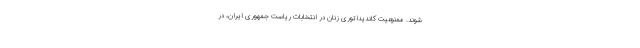
شوند. ممنوعیت کاندیداتوری زنان در انتخابات ریاست جمهوری ایران، در